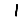
Digit: 1